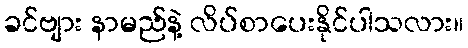
ခင်ဗျား နာမည်နဲ့ လိပ်စာပေးနိုင်ပါသလား။